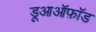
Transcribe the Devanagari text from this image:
डूआऑफ़ॉड